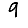
Digit: 9